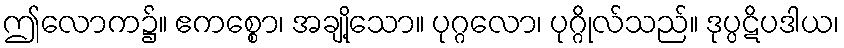
ဤလောက၌။ ဧကစ္စော၊ အချို့သော။ ပုဂ္ဂလော၊ ပုဂ္ဂိုလ်သည်။ ဒုပ္ပဋိပဒါယ၊